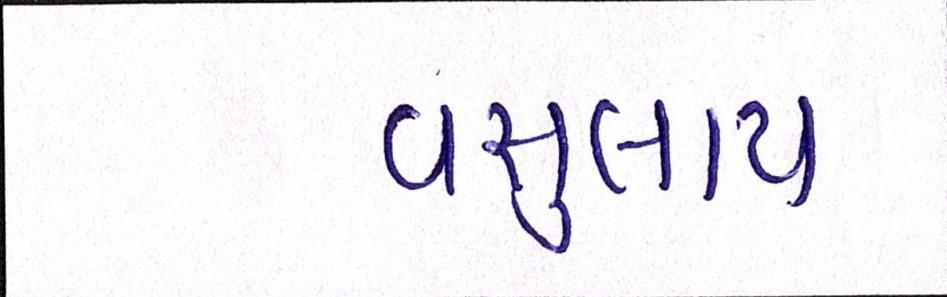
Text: વસુલાય